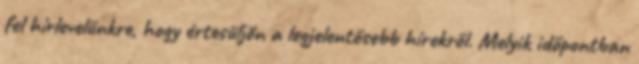
fel hírlevelünkre, hogy értesüljön a legjelentősebb hírekről. Melyik időpontban